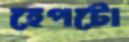
হেপটো